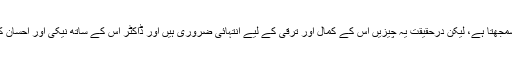
بچہ اس انجکشن یا کڑوی دوا کو اپنے لیے عذاب اور ڈاکٹر کو ظالم سمجھتا ہے، لیکن درحقیقت یہ چیزیں اس کے کمال اور ترقی کے لیے انتہائی ضروری ہیں اور ڈاکٹر اس کے ساتھ نیکی اور احسان کے سوا کچھ نہیں کر رہا، لیکن بچہ یہ سب سمجھنے سے قاصر ہے۔